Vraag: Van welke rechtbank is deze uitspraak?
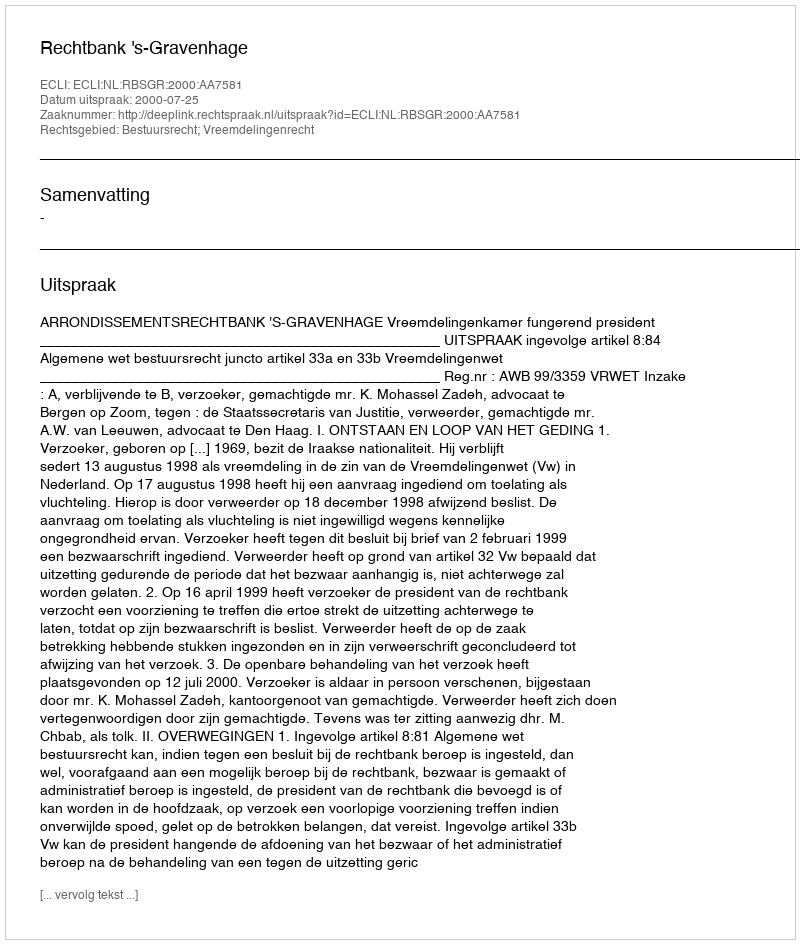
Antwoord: Rechtbank 's-Gravenhage